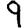
Digit: 9